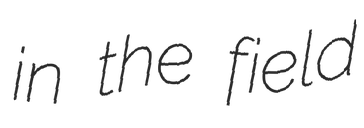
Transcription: in the field